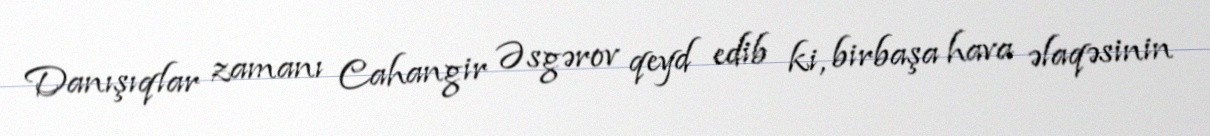
Danışıqlar zamanı Cahangir Əsgərov qeyd edib ki, birbaşa hava əlaqəsinin